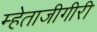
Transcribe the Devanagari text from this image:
म्हेताजीगीरी